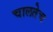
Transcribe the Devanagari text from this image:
चालतेच